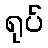
ရုပ်